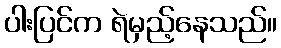
ပါးပြင်က ရဲမှည့်နေသည်။